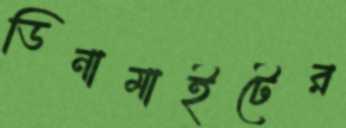
ডিনামাইটের